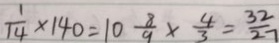
\frac { 1 } { 1 4 } \times 1 4 0 = 1 0 \frac { 8 } { 9 } \times \frac { 4 } { 3 } = \frac { 3 2 } { 2 7 }